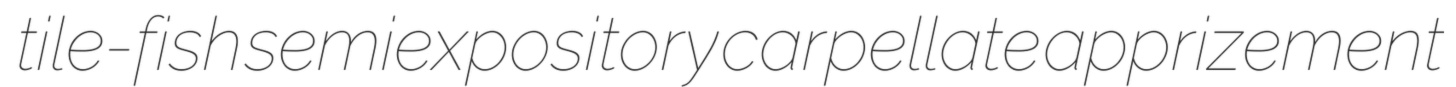
tile-fish semiexpository carpellate apprizement